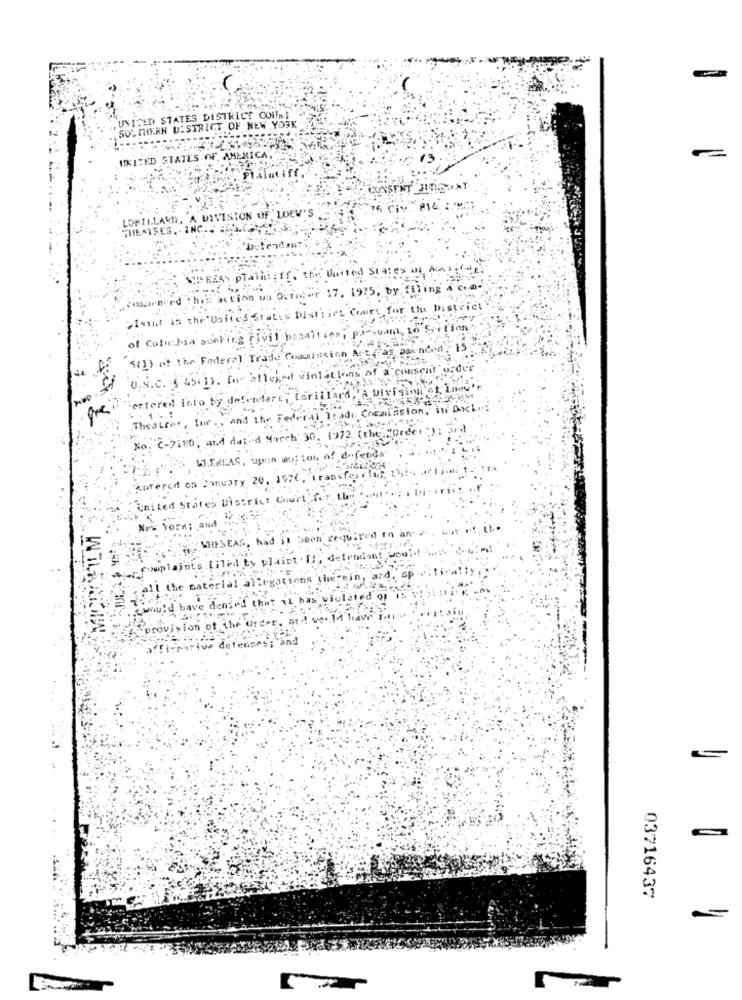
UNITED STATES DISTRICT COURT
SOUTHERN DISTRICT OF NEW YORK
UNITED STATES OF AMERICA,
CONS
LOKILLARD, A DIVISION OF LOEW'S
DHILATSES. - 1NC .. .
United States os Min
.inourneed This action wa Outoler 17. 1975; by, filing a com-
plant in the United States District Court for the District "
of Cohichda bucking Fivil basaltien; par want, to Section
15
(5(1) of the Federal Trade Commission Art.
consent order
u.S.C. $ 45.13. for alleged violations of
"entered into by defendart; forillard, A Division of Lnev'!
Theatree, Inc ., and the Federal Trade Commission, in Dach:
No. ¿- 2180, and dated March 30, 1972, (the "Order)
W.E.ALAS, upnin woj ion of defenda
eurered on January 20, 1976. Transfertaf
United States District Court for the ...
New York; and
THESEAS, had
defendant would!
sitt
.Souplaints . Liled
the material a
Katie
as the
would have denied th
has'
leted or
provision of the order, ard veld haus
fficpative detenses; and
03716437